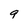
Character: 9